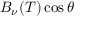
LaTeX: B _ { \nu } ( T ) \cos \theta